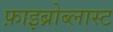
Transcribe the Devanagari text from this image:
फ़ाइब्रोब्लास्ट